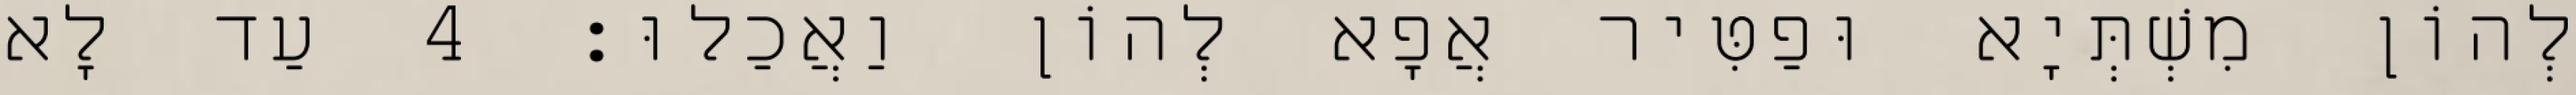
לְהוֹן מִשְׁתְּיָא וּפַטִּיר אֲפָא לְהוֹן וַאֲכַלוּ׃ 4 עַד לָא